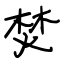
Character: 焚